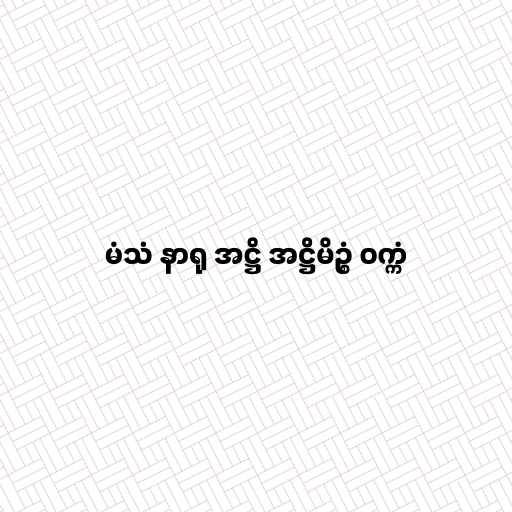
မံသံ နာရု အဋ္ဌိ အဋ္ဌိမိဥ္စံ ဝက္ကံ